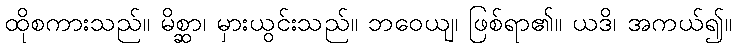
ထိုစကားသည်။ မိစ္ဆာ၊ မှားယွင်းသည်။ ဘဝေယျ၊ ဖြစ်ရာ၏။ ယဒိ၊ အကယ်၍။